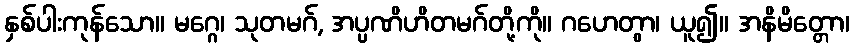
နှစ်ပါးကုန်သော။ မဂ္ဂေ၊ သုတမဂ်, အပ္ပဏိဟိတမဂ်တို့ကို။ ဂဟေတွာ၊ ယူ၍။ အနိမိတ္တော၊